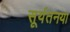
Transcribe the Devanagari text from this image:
सूर्यतनया